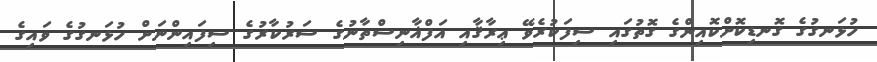
ހުޅަނގުގެ ގޮނޑިކޮށްކޮއިންގެ ގޮތުގައި ސިފަކުރެވޭ ޢިރާޤާއި އަފްޣާނިސްތާނުގެ ސަރުކާރުގެ ސިފައިންނަށް ހުޅަނގުގެ ވައިގެ